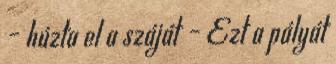
– húzta el a száját – Ezt a pályát